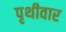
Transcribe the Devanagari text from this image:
पृथीवार